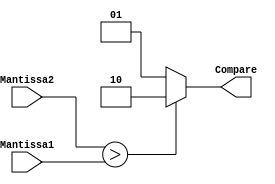
`timescale 1ns / 1ps
//////////////////////////////////////////////////////////////////////////////////
// Company: muhamedtawfik@outlook.com
// 
// Design Name:     
// Module Name:    CompareComponent 
// Project Name:    Floating Point Unit
// Target Devices: 
// Tool versions: 
// Description: 
//
//
//////////////////////////////////////////////////////////////////////////////////
module CompareComponent( Mantissa1 , Mantissa2 , Compare
    );
	 
	 parameter DataSize = 8 ; // Mantissa Size 
	 
	 parameter Equal   = 2'b00 , // The both Mantissas are equal (there is no need for it)
				  Greater = 2'b01 , // Mantissa1 is greater than Mantissa2
				  Less    = 2'b10 ; // Mantissa2 is greater than Mantissa2
	 
	 input [ DataSize - 1 : 0 ] Mantissa1 , Mantissa2 ; 
	 
	 output [ 1 : 0 ] Compare ; 
	 reg [ 1 : 0 ] Compare ;
	 
	 // to omptimize the code there is no need for equal case
	 // as if the effective operation substraction and the exponent and mantissa is equale
	 // the result is zero and one of them is must be inverted to be correct and get zero value 
	 // so it can be included in one of those cases here it the same as Greater.
	 // and in case of the difference of exponent is not zero there is no need to know 
	 // the compare signal, so this optimization is also valid
	 always @( Mantissa1 or Mantissa2)
		begin : COMPARE_significands
			if ( Mantissa2 > Mantissa1 )
				begin 
					Compare = Less ;
				end
			else 
				begin 
					Compare = Greater ; 
				end
		end

endmodule